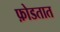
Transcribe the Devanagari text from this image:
फ़ोडतात